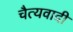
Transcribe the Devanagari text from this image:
चैत्यवादी